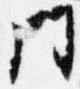
門